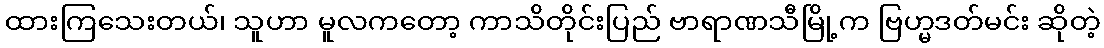
ထားကြသေးတယ်၊ သူဟာ မူလကတော့ ကာသိတိုင်းပြည် ဗာရာဏသီမြို့က ဗြဟ္မဒတ်မင်း ဆိုတဲ့